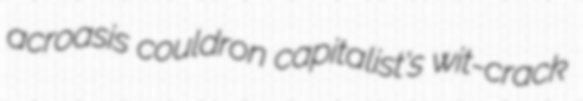
acroasis couldron capitalist's wit-crack